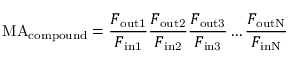
\mathrm { M A } _ { \mathrm { c o m p o u n d } } = { \frac { F _ { \mathrm { o u t 1 } } } { F _ { \mathrm { i n 1 } } } } { \frac { F _ { \mathrm { o u t 2 } } } { F _ { \mathrm { i n 2 } } } } { \frac { F _ { \mathrm { o u t 3 } } } { F _ { \mathrm { i n 3 } } } } \ldots { \frac { F _ { \mathrm { o u t N } } } { F _ { \mathrm { i n N } } } }